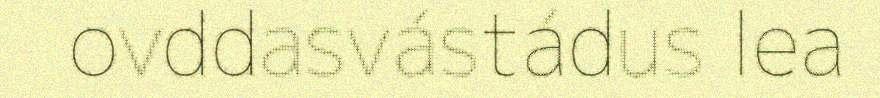
ovddasvástádus lea